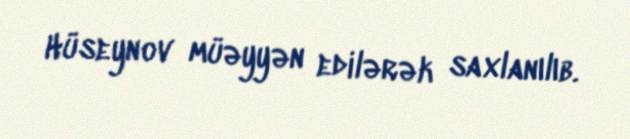
Hüseynov müəyyən edilərək saxlanılıb.